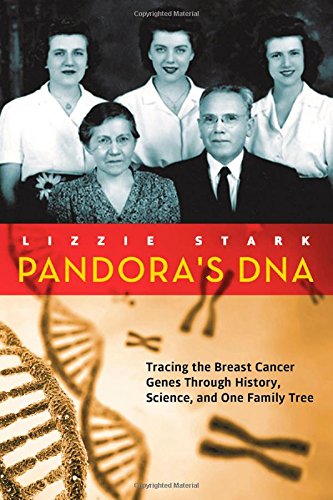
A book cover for Pandora's DNA: Tracing the Breast Cancer Genes Through History, Science, and One Family Tree; Lizzie Stark; Health, Fitness & Dieting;